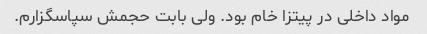
مواد داخلی در پیتزا خام بود. ولی بابت حجمش سپاسگزارم.